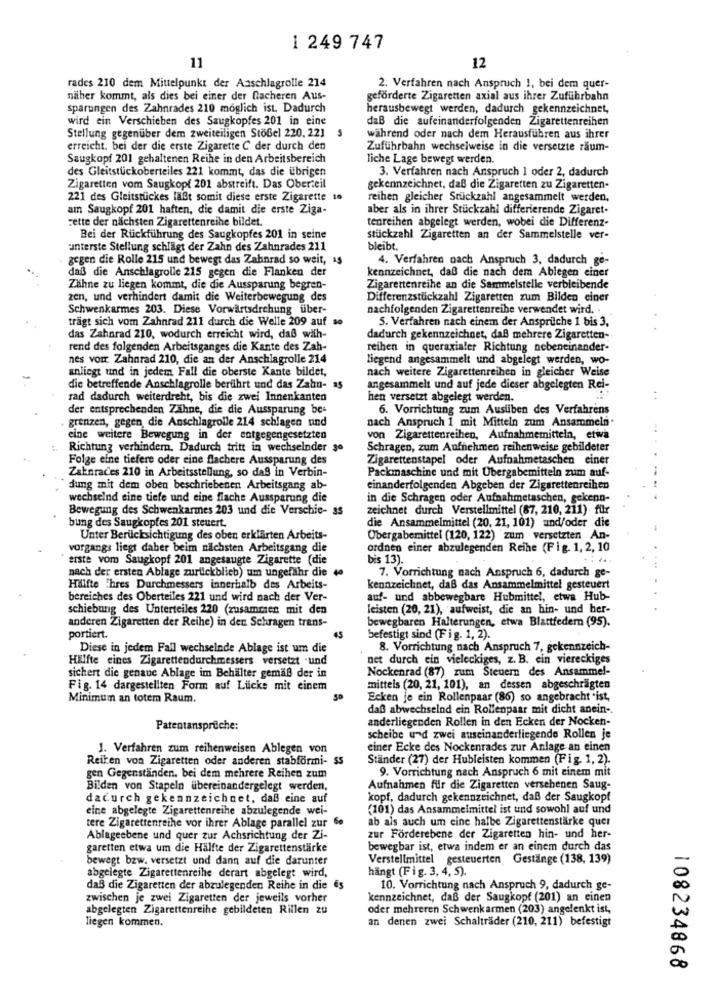
1 249 747
11
12
rades 210 dem Mittelpunkt der Anschlagrolle 214
2. Verfahren nach Anspruch 1, bei dem quer-
niher kommt, als dies bei einer der flacheren Aus-
geförderte Zigaretten axial aus ihrer Zuführbahn
sparungen des Zahnrades 210 möglich ist. Dadurch
herausbewegt werden, dadurch gekennzeichnet,
wird ein Verschieben des Saugkopfes 201 in eine
daß die aufeinanderfolgenden Zigarettenreihen
Stellung gegenüber dem zweiteiligen Stößel 220, 22]
während oder nach dem Herausführen aus ihrer
erreicht, bei der die erste Zigarette C der durch den
Zufuhrbahn wechselweise in die versetzte räum-
Saugkopf 201 gehaltenen Reihe in den Arbeitsbereich
liche Lage bewegt werden.
des Gleitstückoberteiles 221 kommt, das die übrigen
3. Verfahren nach Anspruch 1 oder 2, dadurch
Zigaretten vom Saugkopf 201 abstreift. Das Oberteil
gekennzeichnet, daß die Zigaretten zu Zigaretten-
221 des Gleitstückes läßt somit diese erste Zigarette 1o
reihen gleicher Stückzahl angesammelt werden,
am Saugkopf 201 haften, die damit die erste Ziga-
aber als in ihrer Stückzahl differierende Zigaret.
cette der nächsten Zigarettenreihe bildet.
tenreihen abgelegt werden, wobei die Differenz-
Bei der Rückführung des Saugkopfes 201 in seine
stückzahl Zigaretten an der Sammelstelle ver-
unterste Stellung schlägt der Zahn des Zahnrades 211
bleibt.
gegen die Rolle 215 und bewegt das Zahnrad so weit, as
4. Verfahren nach Anspruch 3, dadurch ge-
daß die Anschlagrolle 215 gegen die Flanken der
kennzeichnet, daß die nach dem Ablegen einer
Zähne zu liegen kommt, die die Aussparung begren-
Zigarettenreihe an die Sammelstelle verbleibende
zen, und verhindert damit die Weiterbewegung des
Differenzstückzahl Zigaretten zum Bilden einer
Schwenkarmes 203. Diese Vorwärtsdrehung über-
nachfolgenden Zigarettenreihe verwendet wird. .
trägt sich vom Zahnrad 211 durch die Welle 209 auf so
5. Verfahren nach einem der Ansprüche 1 bis 3,
das Zahnrad 210, wodurch erreicht wird, daß with-
dadurch gekennzeichnet, daß mehrere Zigaretten-
rend des folgenden Arbeitsganges die Kante des Zah-
reihen in queraxialer Richtung nebeneinander-
nes voir Zahnrad 210, die an der Anschlagrolle 214
liegend angesammelt und abgelegt werden, wo-
anliegt und in jedem Fall die oberste Kante bildet,
nach weitere Zigarettenreihen in gleicher Weise
die betreffende Anschlagrolle berührt und das Zahn- as
angesammelt und auf jede dieser abgelegten Rei-
rad dadurch weiterdreht, bis die zwei Innenkanten
hen versetzt abgelegt werden.
der entsprechenden Zähne, die die Aussparung be-
6. Vorrichtung zum Ausüben des Verfahrens
grenzen, gegen, die Anschlagrolle 214 schlagen und
nach Anspruch I mit Mitteln zum Ansammeln.
eine weitere Bewegung in der entgegengesetzten
von Zigarettenreihen, Aufnahmemitteln, etwa
Richtung verhindern. Dadurch tritt in wechselnder go
Schragen, zum Aufnehmen reihenweise gebildeter
Folge eine tiefere oder eine flachere Aussparung des
Zigarettenstapel oder Aufnahmetaschen einer
ZaEnraces 210 in Arbeitsstellung, so daß in Verbin-
Packmaschine und mit Übergabemitteln zum auf-
dung mit dem oben beschriebenen Arbeitsgang ab-
einanderfolgenden Abgeben der Zigarettenreihen
wechselnd eine tiefe und eine flache Aussparung die
in die Schragen oder Aufnahmetaschen, gekenn-
Bewegung des Schwenkarmes 203 und die Verschie- ss
zeichnet durch Verstellmittel (87, 210, 211) für
bung des Saugkopfes 201 steuert.
die Ansammelmittel (20, 21, 101) und/oder die
Unter Berücksichtigung des oben erklärten Arbeits-
Übergabemittel (120, 122) zum versetzten An-
vorgangs liegt daber beim nächsten Arbeitsgang die
ordnen einer abzulegenden Reihe (Fig. 1, 2, 10
erste vom Saugkopf 201 angesaugte Zigarette (die
bis 13).
nach der ersten Ablage zurlickblieb) um ungefähr die 40
7. Vorrichtung nach Anspruch 6, dadurch ge-
Hälfte Thres Durchmessers innerhalb des Arbeits-
kennzeichnet, daß das Ansammelmittel gesteuert
bereiches des Oberteiles 221 und wird nach der Ver-
auf- und abbewegbare Hubmittel, etwa Hub-
schiebung des Unterteiles 220 (zusammen mit den
leisten (20, 21), aufweist, die an hin- und her-
bewegbaren Halterungen, etwa Blattfedern (95).
anderen Zigaretten der Reihe) in den Schragen trans-
portiert.
befestigt sind (Fig. 1, 2).
Diese in jedem Fall wechselnde Ablage ist um die
8. Vorrichtung nach Anspruch 7, gekennzeich-
Hälfte eines Zigarettendurchmessers versetzt .und
net durch ein vieleckiges, z. B. cin viereckiges
Nockenrad (87) zum Steuern des Ansammel-
sichert die genaue Ablage im Behälter gemäß der in
Fig. 14 dargestellten Form auf Lücke mit einem
mittels (20, 21, 101), an dessen abgeschrägten
Minimum an totem Raum.
Ecken je ein Rollenpaar (86) so angebracht "ist,
daß abwechselnd ein Rollenpaar mit dicht anein -.
anderliegenden Rollen in den Ecken der Nocken-
Patentansprüche:
scheibe und zwei auseinanderliegende Rollen je
1. Verfahren zum reihenweisen Ablegen von
einer Ecke des Nockenrades zur Anlage an einen
Reiken von Zigaretten oder anderen stabformi- ss
Ständer (27) der Hubleisten kommen (Fig. 1, 2).
9. Vorrichtung nach Anspruch 6 mit einem mit
gen Gegenständen. bei dem mehrere Reihen zum
Bilden von Stapeln übereinandergelegt werden.
Aufnahmen für die Zigaretten versehenen Saug-
dadurch gekennzeichnet, daß eine auf
kopf, dadurch gekennzeichnet, daß der Saugkopf
eine abgelegte Zigarettenreihe abzulegende wei-
(101) das Ansammelmittel ist und sowohl auf und
ab als auch um eine halbe Zigarettenstärke quer
tere Zigarettenreihe vor ihrer Ablage parallel zur 6e
Ablageebene und quer zur Achsrichtung der Zi-
zur Förderebene der Zigaretten hin- und her-
garetten etwa um die Hälfte der Zigarettenstärke
bewegbar ist, etwa indem er an einem durch das
bewegt bzw. versetzt und dann auf die darunter
Verstellmittel gesteuerten Gestänge (138, 139)
hängt (Fig. 3, 4, 5).
abgelegte Zigarettenreihe derart abgelegt wird,
daß die Zigaretten der abzulegenden Reihe in die es
10. Vorrichtung nach Anspruch 9, dadurch ge-
zwischen je zwei Zigaretten der jeweils vorher
kennzeichnet, daß der Saugkopf (201) an einen
abgelegten Zigarettenreihe gebildeten Rillen 20
oder mehreren Schwenkarmen (203) angelenkt ist,
liegen kommen.
an denen zwei Schaltrader (210, 211) befestigt
108234868